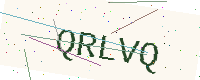
Text: QRLVQ